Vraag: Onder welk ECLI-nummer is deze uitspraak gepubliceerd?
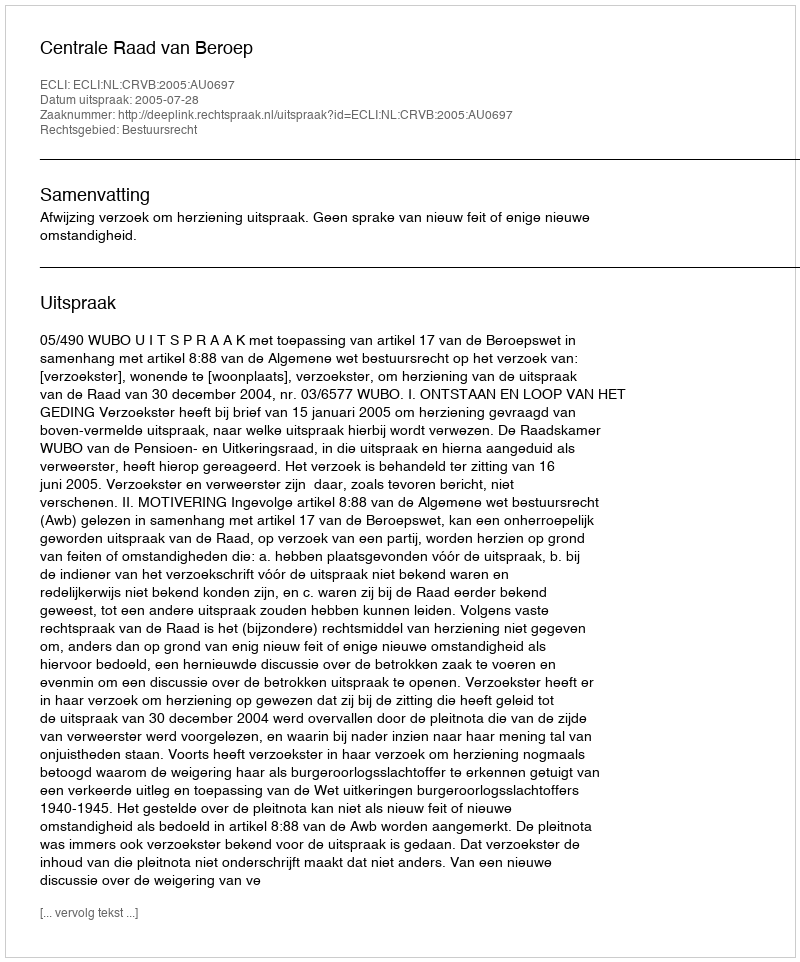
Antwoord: ECLI:NL:CRVB:2005:AU0697